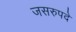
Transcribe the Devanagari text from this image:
जसरुपदे